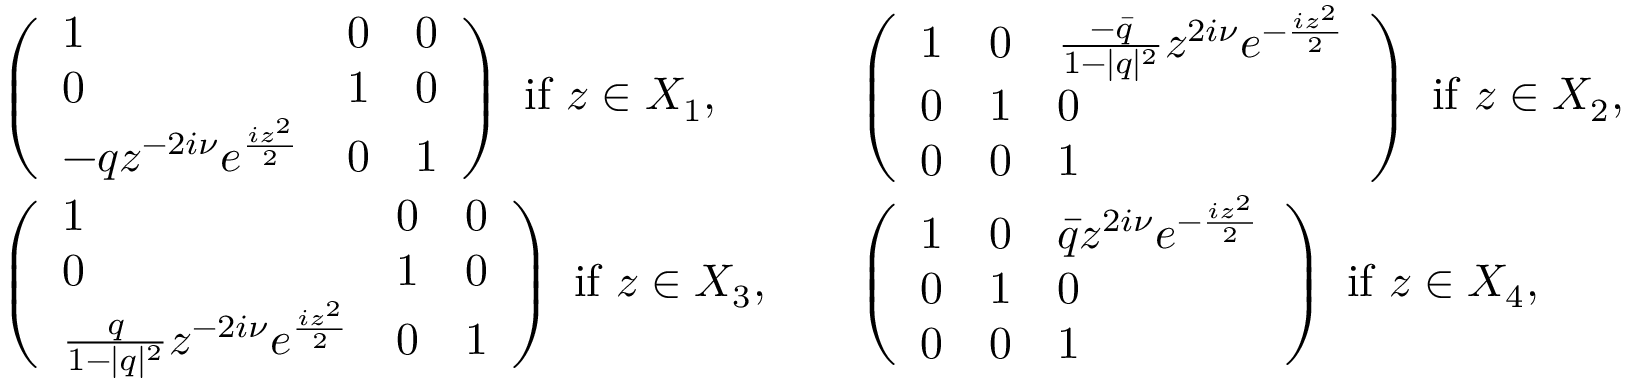
\begin{array} { r l r l } & { \left( \begin{array} { l l l } { 1 } & { 0 } & { 0 } \\ { 0 } & { 1 } & { 0 } \\ { - q z ^ { - 2 i \nu } e ^ { \frac { i z ^ { 2 } } { 2 } } } & { 0 } & { 1 } \end{array} \right) \mathrm { ~ i f ~ } z \in X _ { 1 } , } & & { \left( \begin{array} { l l l } { 1 } & { 0 } & { \frac { - \bar { q } } { 1 - | q | ^ { 2 } } z ^ { 2 i \nu } e ^ { - \frac { i z ^ { 2 } } { 2 } } } \\ { 0 } & { 1 } & { 0 } \\ { 0 } & { 0 } & { 1 } \end{array} \right) \mathrm { ~ i f ~ } z \in X _ { 2 } , } \\ & { \left( \begin{array} { l l l } { 1 } & { 0 } & { 0 } \\ { 0 } & { 1 } & { 0 } \\ { \frac { q } { 1 - | q | ^ { 2 } } z ^ { - 2 i \nu } e ^ { \frac { i z ^ { 2 } } { 2 } } } & { 0 } & { 1 } \end{array} \right) \mathrm { ~ i f ~ } z \in X _ { 3 } , } & & { \left( \begin{array} { l l l } { 1 } & { 0 } & { \bar { q } z ^ { 2 i \nu } e ^ { - \frac { i z ^ { 2 } } { 2 } } } \\ { 0 } & { 1 } & { 0 } \\ { 0 } & { 0 } & { 1 } \end{array} \right) \mathrm { ~ i f ~ } z \in X _ { 4 } , } \end{array}